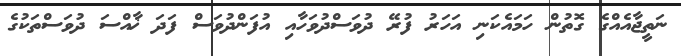
ނަތީޖާއެއްގެ ގޮތުން ހަމައެކަނި އަހަރު ފުރޭ ދުވަސްދުވަހާއި އުފަންދުވަސް ފަދަ ޚާއްސަ ދުވަސްތަކުގެ